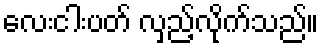
လေးငါးပတ် လှည့်လိုက်သည်။